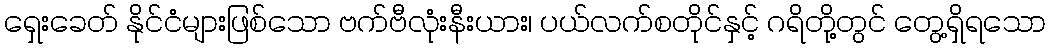
ရှေးခေတ် နိုင်ငံများဖြစ်သော ဗက်ဗီလုံးနီးယား၊ ပယ်လက်စတိုင်နှင့် ဂရိတို့တွင် တွေ့ရှိရသော